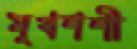
মুখশশী